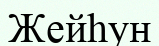
Жейһун